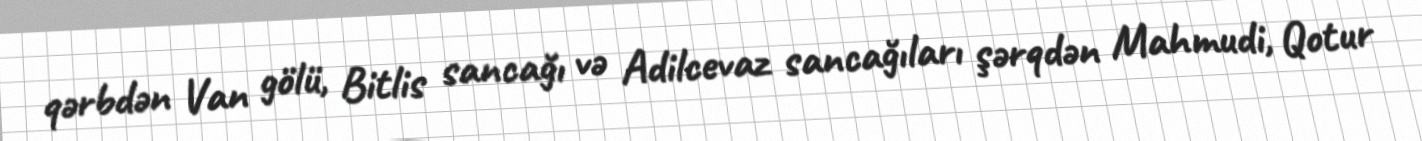
qərbdən Van gölü, Bitlis sancağı və Adilcevaz sancağıları şərqdən Mahmudi, Qotur